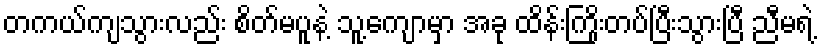
တကယ်ကျသွားလည်း စိတ်မပူနဲ့ သူ့ကျောမှာ အခု ထိန်းကြိုးတပ်ပြီးသွားပြီ ညီမရဲ့